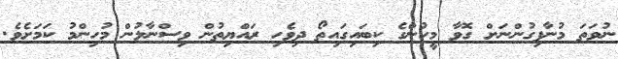
ނުވަތަ މުނާފިގުންނަށް ގޮވާ މީހުންގެ ކިބައިގައިތޯ ދިވެހި ރައްޔިތުން ވިސްނާލުން މުހިންމު ކަމަށެވެ.